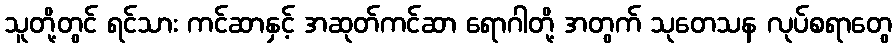
သူတို့တွင် ရင်သား ကင်ဆာနှင့် အဆုတ်ကင်ဆာ ရောဂါတို့ အတွက် သုတေသန လုပ်စရာတွေ